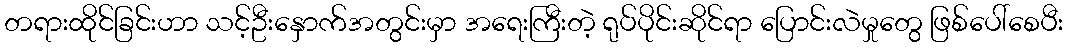
တရားထိုင်ခြင်းဟာ သင့်ဦးနှောက်အတွင်းမှာ အရေးကြီးတဲ့ ရုပ်ပိုင်းဆိုင်ရာ ပြောင်းလဲမှုတွေ ဖြစ်ပေါ်စေပီး